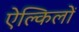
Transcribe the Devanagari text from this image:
ऐल्किलों